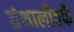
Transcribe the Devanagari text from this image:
ग्रंथालीतर्फे